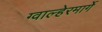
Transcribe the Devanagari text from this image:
ग्वाल्हेरमार्गे